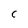
Character: C